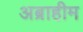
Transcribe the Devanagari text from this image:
अब्राहीम